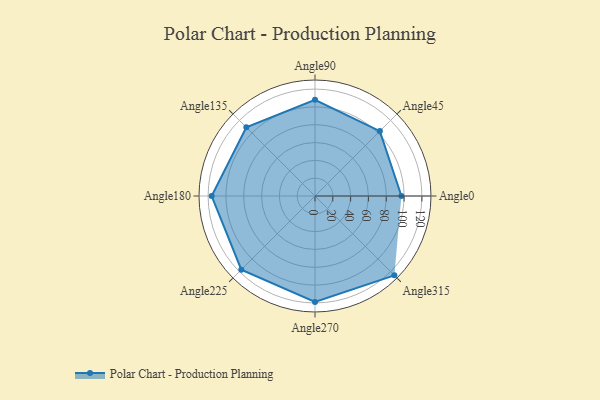
{"axis": {"x": "Angle", "y": "Radius"}, "legend": [""], "data": [{"x": "Angle0", "y": 97.0, "type": ""}, {"x": "Angle45", "y": 103.0, "type": ""}, {"x": "Angle90", "y": 108.0, "type": ""}, {"x": "Angle135", "y": 109.0, "type": ""}, {"x": "Angle180", "y": 116.0, "type": ""}, {"x": "Angle225", "y": 117.0, "type": ""}, {"x": "Angle270", "y": 119.0, "type": ""}, {"x": "Angle315", "y": 126.0, "type": ""}]}